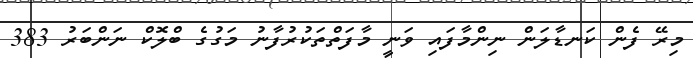
މިރޭ ފެން ކަނޑާލަން ނިންމާފައި ވަނީ މާފަތްތަކުރުފާނު މަގުގެ ބްލޮކް ނަންބަރު 383